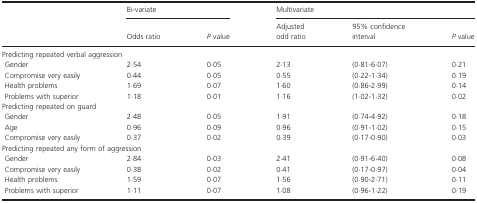
| <ROWSPAN=2>  | <COLSPAN=2> Bi‐variate | <COLSPAN=3> Multivariate |
 | Odds ratio | P value | Adjusted odd ratio | 95% confidence interval | P value |
 | --- | --- | --- | --- | --- | --- |
 | <COLSPAN=6> Predicting repeated verbal aggression |
 | Gender | 2·54 | 0·05 | 2·13 | (0·81‐6·07) | 0·21 |
 | Compromise very easily | 0·44 | 0·05 | 0·55 | (0·22‐1·34) | 0·19 |
 | Health problems | 1·69 | 0·07 | 1·60 | (0·86‐2·99) | 0·14 |
 | Problems with superior | 1·18 | 0·01 | 1·16 | (1·02‐1·32) | 0·02 |
 | <COLSPAN=6> Predicting repeated on guard |
 | Gender | 2·48 | 0·05 | 1·91 | (0·74‐4·92) | 0·18 |
 | Age | 0·96 | 0·09 | 0·96 | (0·91‐1·02) | 0·15 |
 | Compromise very easily | 0·37 | 0·02 | 0·39 | (0·17‐0·90) | 0·03 |
 | <COLSPAN=6> Predicting repeated any form of aggression |
 | Gender | 2·84 | 0·03 | 2·41 | (0·91‐6·40) | 0·08 |
 | Compromise very easily | 0·38 | 0·02 | 0·41 | (0·17‐0·97) | 0·04 |
 | Health problems | 1·59 | 0·07 | 1·56 | (0·90‐2·71) | 0·11 |
 | Problems with superior | 1·11 | 0·07 | 1·08 | (0·96‐1·22) | 0·19 |